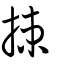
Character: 捒